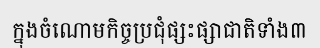
ក្នុងចំណោមកិច្ចប្រជុំផ្សះផ្សាជាតិទាំង៣